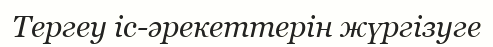
Тергеу іс-әрекеттерін жүргізуге